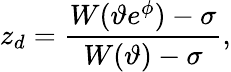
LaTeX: z_{d}=\frac{W(\vartheta e^{\phi})-\sigma}{W(\vartheta)-\sigma},